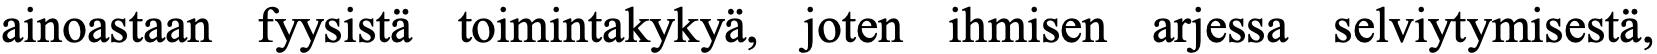
ainoastaan fyysistä toimintakykyä, joten ihmisen arjessa selviytymisestä,